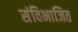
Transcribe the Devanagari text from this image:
संविभाजित